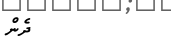
ދެން